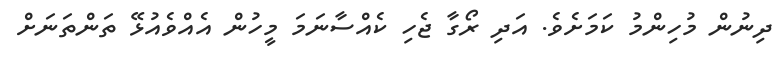
ދިނުން މުހިންމު ކަމަށެވެ. އަދި ރޯގާ ޖެހި ކެއްސާނަމަ މީހުން އެއްވެއުޅޭ ތަންތަނަށް